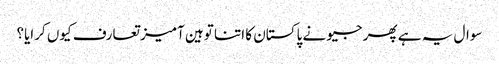
سوال یہ ہے پھر جیو نے پاکستان کا اتنا توہین آمیز تعارف کیوں کرایا؟